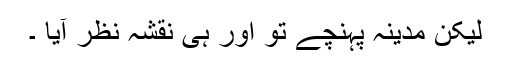
لیکن مدینہ پہنچے تو اور ہی نقشہ نظر آیا ۔